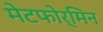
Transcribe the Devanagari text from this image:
मेटफोर्मिन